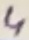
Text: 4